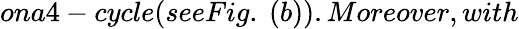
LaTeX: ona4-cycle(seeFig.~(b)).Moreover,with